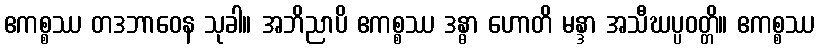
ဧကစ္စဿ တဒဘာဝေန သုခါ။ အဘိညာပိ ဧကစ္စဿ ဒန္ဓာ ဟောတိ မန္ဒာ အသီဃပ္ပဝတ္တိ။ ဧကစ္စဿ